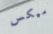
ميكس